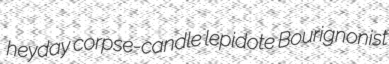
heyday corpse-candle lepidote Bourignonist